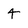
Character: 4